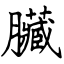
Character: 臟